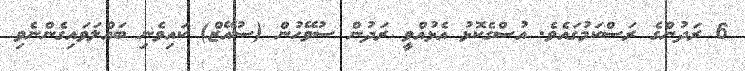
6 ރަދުންގެ ރަސްކަމުގައެވެ. އުސްގެކޮޅު އެޅުއްވީ ރަދުން ސުވޭހުން (ސުއޭޒް) ކައިވެނި ބައްލަވައިގެންނެވި